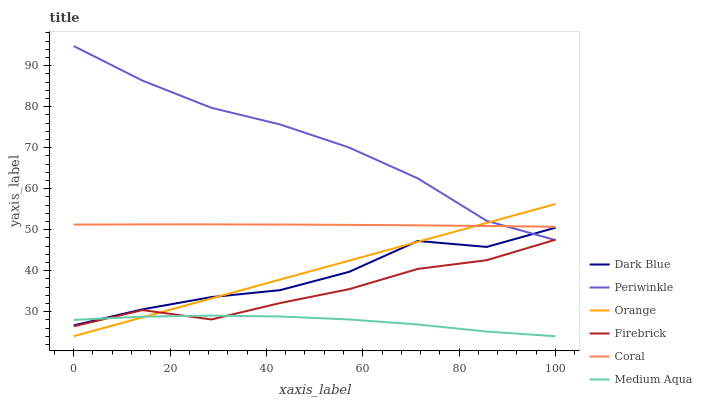
| xaxis_label | Dark Blue | Periwinkle | Orange | Firebrick | Coral | Medium Aqua |
 | --- | --- | --- | --- | --- | --- | --- |
 | 0 | 26.7 | 94.8 | 24 | 26.4 | 51.2 | 28 |
 | 14.3 | 30.6 | 86.3 | 28.6 | 30.4 | 51.3 | 28.8 |
 | 28.6 | 33.5 | 79.7 | 33.2 | 28.1 | 51.3 | 29 |
 | 42.9 | 35.2 | 75.6 | 37.8 | 32.1 | 51.2 | 28.8 |
 | 57.1 | 39.7 | 70 | 42.4 | 35.5 | 51.2 | 28.1 |
 | 71.4 | 47.2 | 62.5 | 47 | 40.4 | 51 | 26.9 |
 | 85.7 | 45.8 | 52.1 | 51.6 | 42.5 | 50.9 | 25.1 |
 | 100 | 50.5 | 47.4 | 56.2 | 47.5 | 50.7 | 24 |